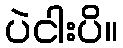
ပဲငါးပိ။